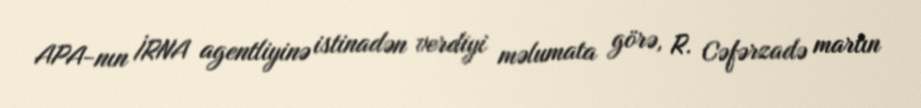
APA-nın İRNA agentliyinə istinadən verdiyi məlumata görə, R. Cəfərzadə martın